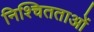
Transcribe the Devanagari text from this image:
निश्चितताओं